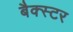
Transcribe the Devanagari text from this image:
बैक्स्टर